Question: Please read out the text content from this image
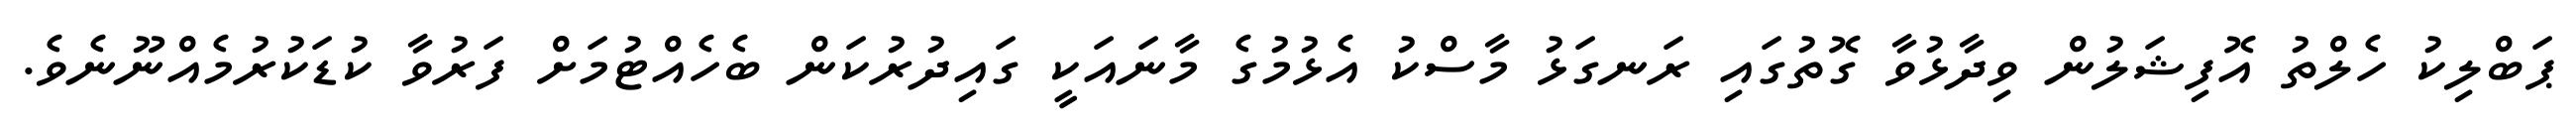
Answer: ޕަބްލިކު ހެލްތު އޮފިޝަލުން ވިދާޅުވާ ގޮތުގައި ރަނގަޅު މާސްކު އެޅުމުގެ މާނައަކީ ގައިދުރުކަން ބެހެއްޓުމަށް ފަރުވާ ކުޑަކުރުމެއްނޫނެވެ.